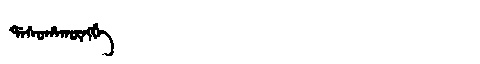
Manchu: ᡩᠠᠰᡠᡥᠠᡴᡡᠩᡤᡝ
Romanization: DASUHAKŪNGGE